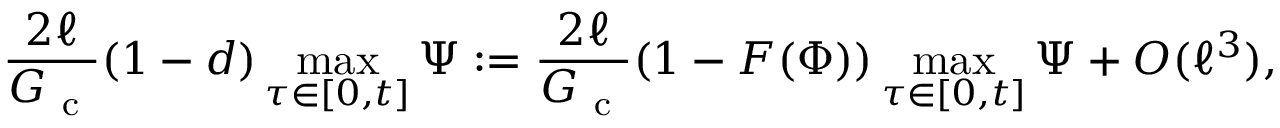
\frac { 2 \ell } { G _ { \mathrm { ~ c ~ } } } ( 1 - d ) \operatorname* { m a x } _ { \tau \in [ 0 , t ] } \Psi : = \frac { 2 \ell } { G _ { \mathrm { ~ c ~ } } } ( 1 - F ( \Phi ) ) \operatorname* { m a x } _ { \tau \in [ 0 , t ] } \Psi + O ( \ell ^ { 3 } ) ,